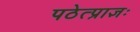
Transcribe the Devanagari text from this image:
पठेत्प्राज्ञः